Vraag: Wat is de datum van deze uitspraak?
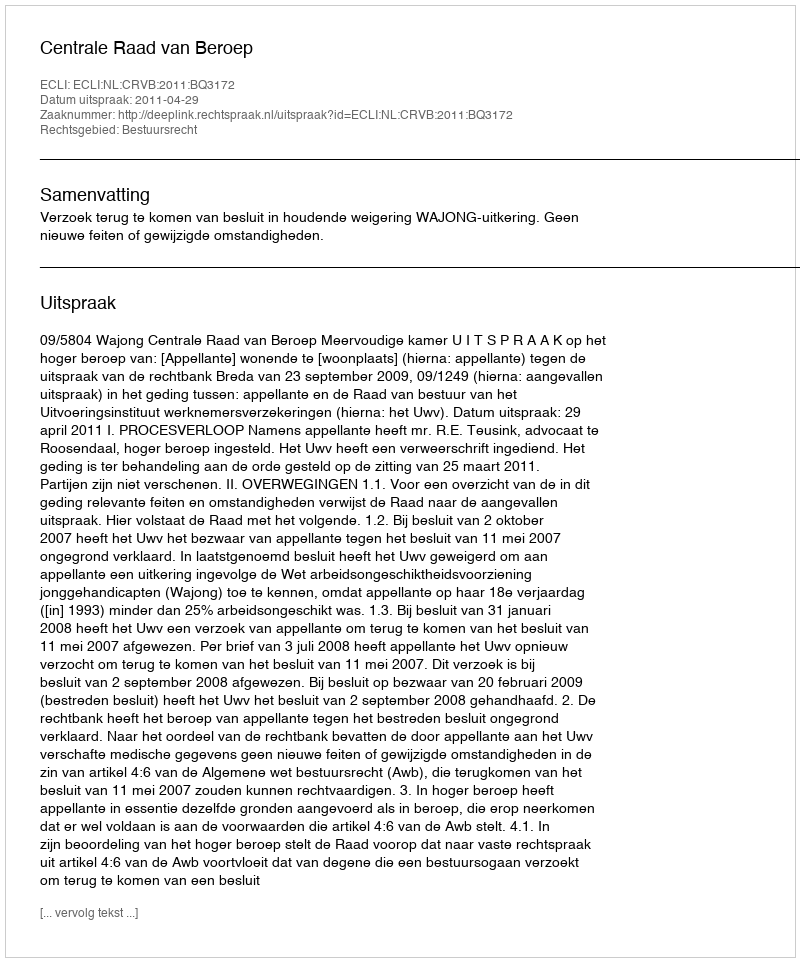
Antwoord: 2011-04-29